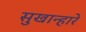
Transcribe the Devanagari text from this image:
सुखान्हारे